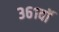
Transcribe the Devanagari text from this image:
३६१वॉ